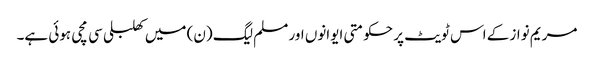
مریم نواز کے اس ٹویٹ پر حکومتی ایوانوں اور مسلم لیگ (ن) میں کھلبلی سی مچی ہوئی ہے۔